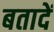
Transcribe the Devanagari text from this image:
बतादें